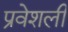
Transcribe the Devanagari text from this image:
प्रवेशली